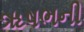
ૠષભની